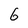
Character: 6